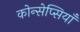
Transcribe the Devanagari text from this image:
कोन्सेप्सियॉँ